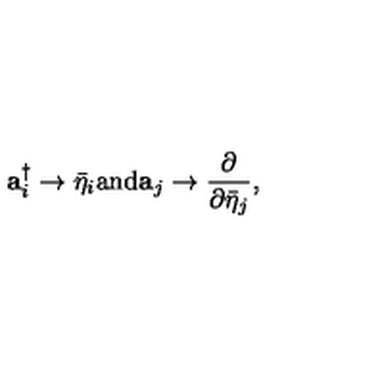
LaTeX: { \bf a } _ { i } ^ { \dagger } \rightarrow \bar { \eta } _ { i } \mathrm { a n d } { \bf a } _ { j } \rightarrow \frac { \partial } { \partial \bar { \eta } _ { j } } ,